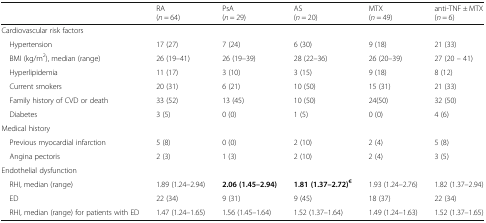
<table><thead><tr><td></td><td><b>RA(<i>n</i> = 64)</b></td><td><b>PsA(<i>n</i> = 29)</b></td><td><b>AS(<i>n</i> = 20)</b></td><td><b>MTX(<i>n</i> = 49)</b></td><td><b>anti-TNF ± MTX(<i>n</i> = 6)</b></td></tr></thead><tbody><tr><td colspan="6">Cardiovascular risk factors</td></tr><tr><td> Hypertension</td><td>17 (27)</td><td>7 (24)</td><td>6 (30)</td><td>9 (18)</td><td>21 (33)</td></tr><tr><td> BMI (kg/m<sup>2</sup>), median (range)</td><td>26 (19–41)</td><td>26 (19–39)</td><td>28 (22–36)</td><td>26 (20–39)</td><td>27 (20 – 41)</td></tr><tr><td> Hyperlipidemia</td><td>11 (17)</td><td>3 (10)</td><td>3 (15)</td><td>9 (18)</td><td>8 (12)</td></tr><tr><td> Current smokers</td><td>20 (31)</td><td>6 (21)</td><td>10 (50)</td><td>15 (31)</td><td>21 (33)</td></tr><tr><td> Family history of CVD or death</td><td>33 (52)</td><td>13 (45)</td><td>10 (50)</td><td>24(50)</td><td>32 (50)</td></tr><tr><td> Diabetes</td><td>3 (5)</td><td>0 (0)</td><td>1 (5)</td><td>0 (0)</td><td>4 (6)</td></tr><tr><td colspan="6">Medical history</td></tr><tr><td> Previous myocardial infarction</td><td>5 (8)</td><td>0 (0)</td><td>2 (10)</td><td>2 (4)</td><td>5 (8)</td></tr><tr><td> Angina pectoris</td><td>2 (3)</td><td>1 (3)</td><td>2 (10)</td><td>2 (4)</td><td>3 (5)</td></tr><tr><td colspan="6">Endothelial dysfunction</td></tr><tr><td> RHI, median (range)</td><td>1.89 (1.24–2.94)</td><td><b>2.06 (1.45–2.94)</b></td><td><b>1.81 (1.37–2.72)</b><sup><b>€</b></sup></td><td>1.93 (1.24–2.76)</td><td>1.82 (1.37–2.94)</td></tr><tr><td> ED</td><td>22 (34)</td><td>9 (31)</td><td>9 (45)</td><td>18 (37)</td><td>22 (34)</td></tr><tr><td> RHI, median (range) for patients with ED</td><td>1.47 (1.24–1.65)</td><td>1.56 (1.45–1.64)</td><td>1.52 (1.37–1.64)</td><td>1.49 (1.24–1.63)</td><td>1.52 (1.37–1.65)</td></tr></tbody></table>